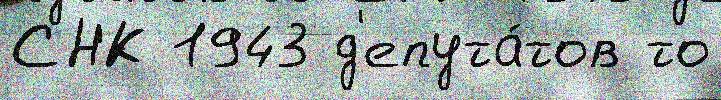
СНК 1943 д'епута́тов то